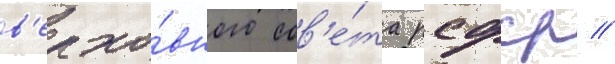
в'ерхо́вного сов'е́та рсфср //